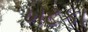
ખટકા